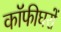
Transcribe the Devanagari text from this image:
कॉफीघरों